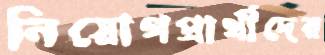
নিয়োগপ্রার্থীদের